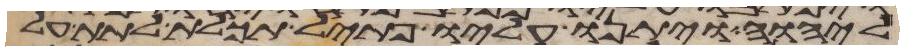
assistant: ליהוה ויתנו עליו פתיל תכלת לתת על